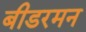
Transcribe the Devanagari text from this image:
बीडरमन